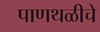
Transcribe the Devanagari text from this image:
पाणथळीचे